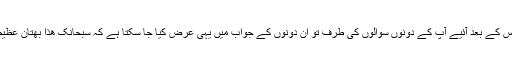
اس کے بعد آئیے آپ کے دونوں سوالوں کی طرف تو ان دونوں کے جواب میں یہی عرض کیا جا سکتا ہے کہ سبحانک ھذا بھتان عظیم۔